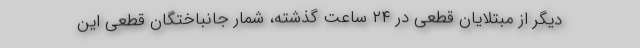
دیگر از مبتلایان قطعی در ۲۴ ساعت گذشته، شمار جانباختگان قطعی این